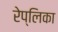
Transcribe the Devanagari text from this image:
रेप्लिका